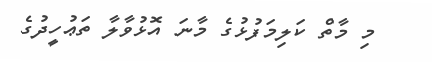
މި މާތް ކަލިމަފުޅުގެ މާނަ އޮޅުވާލާ ތަޢުހީދުގެ